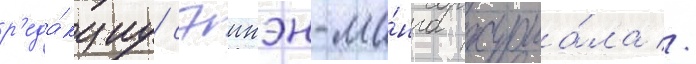
р'еда́кциу сэинэн-ма́нга журна́ла //